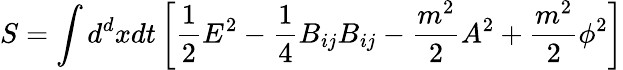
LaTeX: S=\int d^{d}xdt\left[{\frac{1}{2}}E^{2}-{\frac{1}{4}}B_{ij}B_{ij}-{\frac{m^{2}}{2}}A^{2}+{\frac{m^{2}}{2}}\phi^{2}\right]